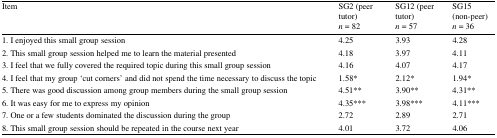
<table><thead><tr><td><b>Item</b></td><td><b>SG2 (peer tutor)<i>n</i> = 82</b></td><td><b>SG12 (peer tutor)<i>n</i> = 57</b></td><td><b>SG15 (non-peer)<i>n</i> = 36</b></td></tr></thead><tbody><tr><td>1. I enjoyed this small group session</td><td>4.25</td><td>3.93</td><td>4.28</td></tr><tr><td>2. This small group session helped me to learn the material presented</td><td>4.18</td><td>3.97</td><td>4.11</td></tr><tr><td>3. I feel that we fully covered the required topic during this small group session</td><td>4.16</td><td>4.07</td><td>4.17</td></tr><tr><td>4. I feel that my group ‘cut corners’ and did not spend the time necessary to discuss the topic</td><td>1.58*</td><td>2.12*</td><td>1.94*</td></tr><tr><td>5. There was good discussion among group members during the small group session</td><td>4.51**</td><td>3.90**</td><td>4.31**</td></tr><tr><td>6. It was easy for me to express my opinion</td><td>4.35***</td><td>3.98***</td><td>4.11***</td></tr><tr><td>7. One or a few students dominated the discussion during the group</td><td>2.72</td><td>2.89</td><td>2.71</td></tr><tr><td>8. This small group session should be repeated in the course next year</td><td>4.01</td><td>3.72</td><td>4.06</td></tr></tbody></table>